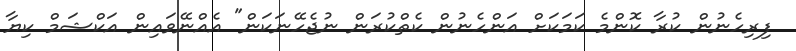
ފިރިހެނުން ކުރާ ކޮންމެ ކަމަކަށް އަންހެނުން ކެތްކުރަން ނުޖެހޭނަކަން" އެއްނޭވައިން އަކްޝަމް ކިޔާ